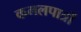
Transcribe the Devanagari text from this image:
कमलपात्रों